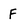
Character: F